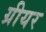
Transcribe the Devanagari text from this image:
ग्रीयर